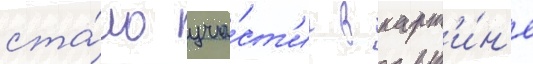
ста́ло уча́ст'ие в карт'и́н'е